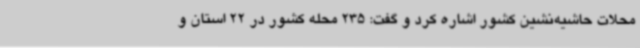
محلات حاشیه‌نشین کشور اشاره کرد و گفت: 235 محله کشور در 22 استان و